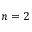
n = 2